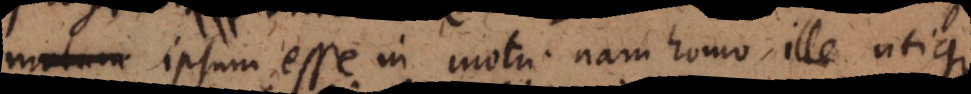
motum ipsum esse in motu; nam homo ille utique